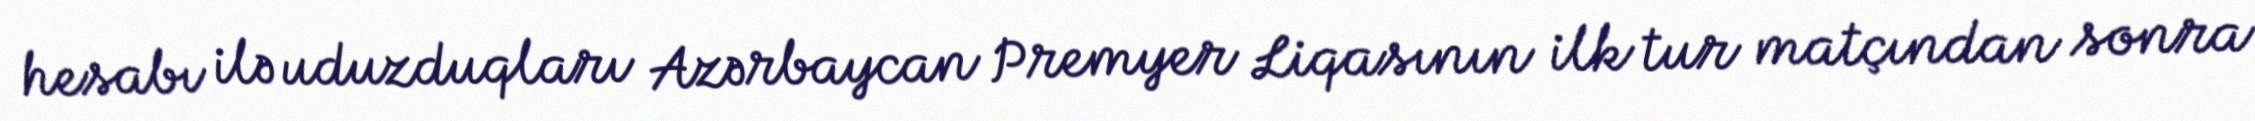
hesabı ilə uduzduqları Azərbaycan Premyer Liqasının ilk tur matçından sonra